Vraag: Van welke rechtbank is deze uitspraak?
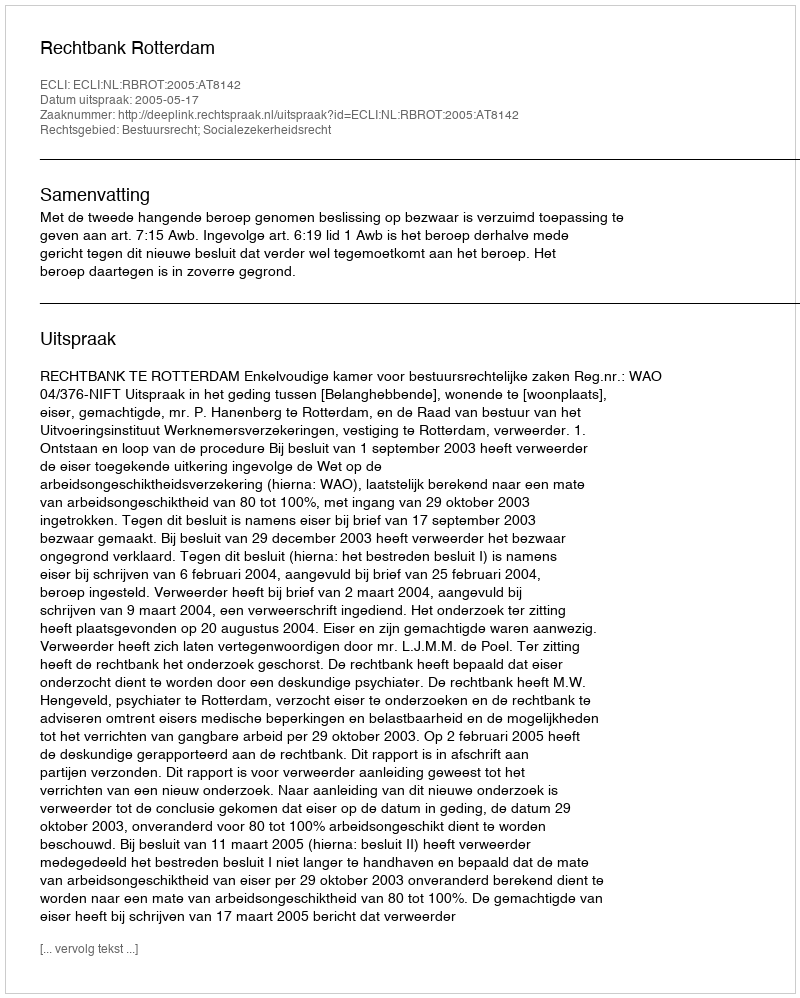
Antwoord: Rechtbank Rotterdam